Madras plague regulations and rules - Volume 2
Disease focus: Plague
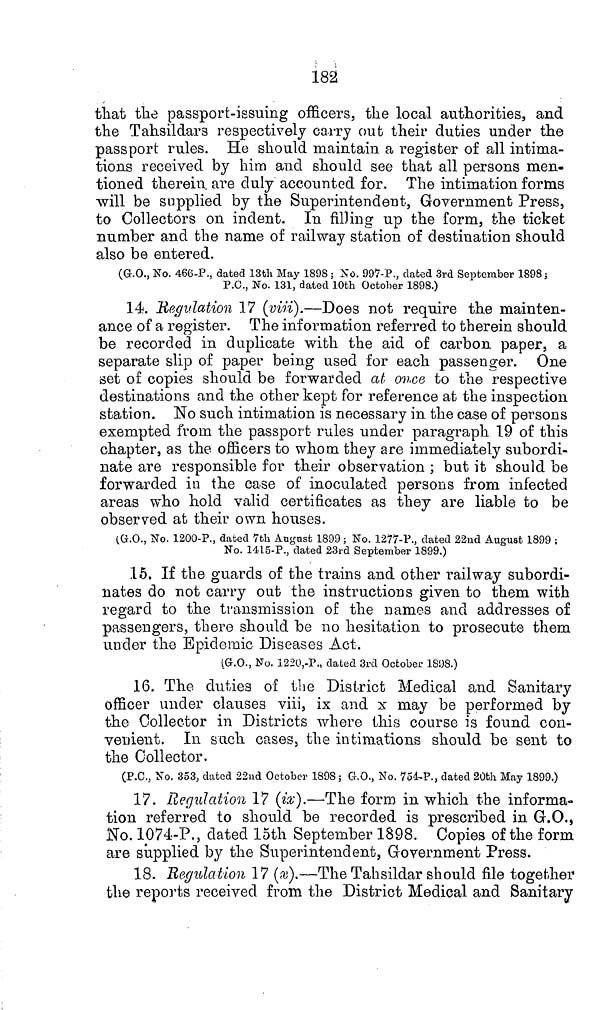
182
that the passport-issuing officers, the local authorities, and
the Tahsildars respectively carry out their duties under the
passport rules. He should maintain a register of all intima-
tions received by him and should see that all persons men-
tioned therein are duly accounted for. The intimation forms
will be supplied by the Superintendent, Government Press,
to Collectors on indent. In filling up the form, the ticket
number and the name of railway station of destination should
also be entered.
(G.O., No. 466-P., dated 13th May 1898; No. 997-P., dated 3rd September 1898;
P.O., No. 131, dated 10th October 1898.)
14. Regulation 17 (viii).—Does not require the mainten-
ance of a register. The information referred to therein should
be recorded in duplicate with the aid of carbon paper, a
separate slip of paper being used for each passenger. One
set of copies should be forwarded at once to the respective
destinations and the other kept for reference at the inspection
station. No such intimation is necessary in the case of persons
exempted from the passport rules under paragraph 19 of this
chapter, a.s the officers to whom they are immediately subordi-
nate are responsible for their observation ; but it should be
forwarded in the case of inoculated persons from infected
areas who hold valid certificates as they are liable to be
observed at their own houses.
(G.O., No. 1200-P., dated 7th August 1899; No. 1277-P., dated 22nd August 1899 ;
No. 1415-P., dated 23rd September 1899.)
15. If the guards of the trains and other railway subordi-
nates do not carry out the instructions given to them with
regard to the transmission of the names and addresses of
passengers, there should be no hesitation to prosecute them
under the Epidemic Diseases Act.
(G.O., No. 1220,-P., dated 3rd October 1808.)
16. The duties of the District Medical and Sanitary
officer under clauses viii, ix and x may be performed by
the Collector in Districts where this course is found con-
venient. In such oases, the intimations should be sent to
the Collector.
(P.C., No. 353, dated 22nd October 1898; G.O., No. 754-P., dated 20th May 1899.)
17. Regulation 17 (ix).—The form in which the informa-
tion referred to should be recorded is prescribed in G.O.,
No. 1074-P., dated 15th September 1898. Copies of the form
are supplied by the Superintendent, Government Press.
18. Regulation 17 (.13).—The Tahsildar should file together
the reports received from the District Medical and Sanitary